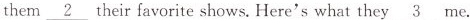
them \underline{2} their favorite shows. Here's what they \underline{3} me.